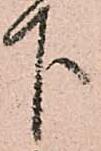
下